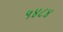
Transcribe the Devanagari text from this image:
५४८४